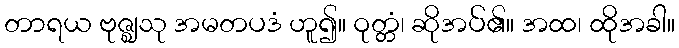
တာရယ ဗုဇ္ဈသု အမတပဒံ ဟူ၍။ ဝုတ္တံ၊ ဆိုအပ်၏။ အထ၊ ထိုအခါ။